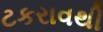
ટકરાવથી